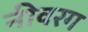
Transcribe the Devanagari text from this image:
नीवरग